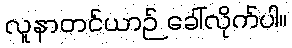
လူနာတင်ယာဉ် ခေါ်လိုက်ပါ။